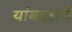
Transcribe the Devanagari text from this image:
यांबद्दलचे